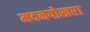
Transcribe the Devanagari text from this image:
मदनपोखरा